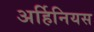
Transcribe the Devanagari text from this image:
अर्हिनियस